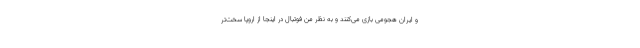
و ایران هجومی بازی می‌کنند و به نظر من فوتبال در اینجا از اروپا سخت‌تر